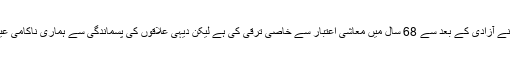
بھارت نے آزادی کے بعد سے 68 سال میں معاشی اعتبار سے خاصی ترقی کی ہے لیکن دیہی علاقوں کی پسماندگی سے ہماری ناکامی عیاں ہے۔